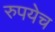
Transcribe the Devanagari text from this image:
रुपयेच